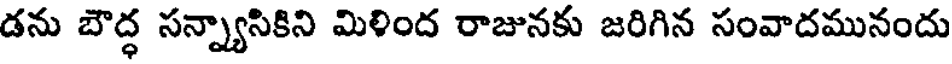
డను బౌద్ధ సన్న్యాసికిని మిళింద రాజునకు జరిగిన సంవాదమునందు